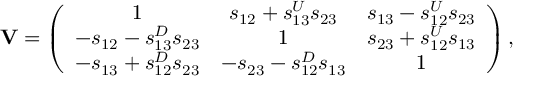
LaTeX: { \bf V } = \left( \begin{array} { c c c } { { 1 } } & { { s _ { 1 2 } + s _ { 1 3 } ^ { U } s _ { 2 3 } } } & { { s _ { 1 3 } - s _ { 1 2 } ^ { U } s _ { 2 3 } } } \\ { { - s _ { 1 2 } - s _ { 1 3 } ^ { D } s _ { 2 3 } } } & { { 1 } } & { { s _ { 2 3 } + s _ { 1 2 } ^ { U } s _ { 1 3 } } } \\ { { - s _ { 1 3 } + s _ { 1 2 } ^ { D } s _ { 2 3 } } } & { { - s _ { 2 3 } - s _ { 1 2 } ^ { D } s _ { 1 3 } } } & { { 1 } } \end{array} \right) ,